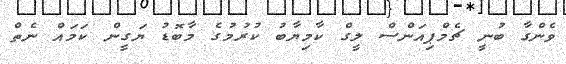
ވެންގާ ބުނީ ޗެމްޕިއަންސް ލީގް ކާމިޔާބު ކުރުމުގެ މާބޮޑު ޔަގީން ކަމައް ނެތް